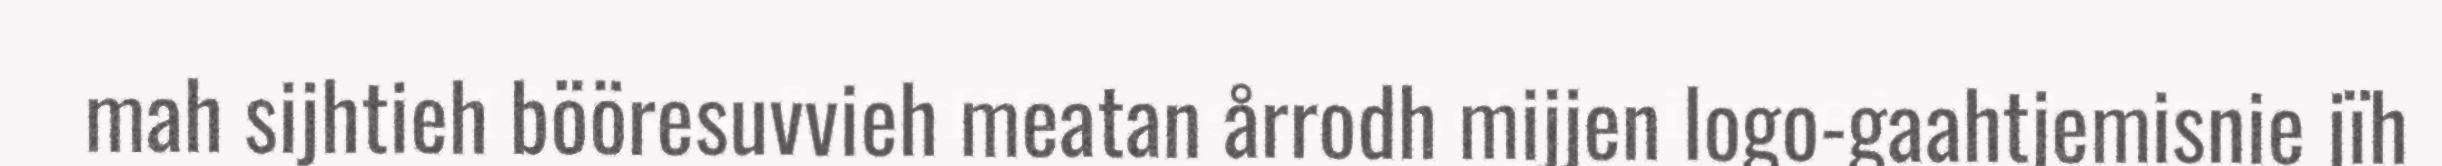
mah sijhtieh bööresuvvieh meatan årrodh mijjen logo-gaahtjemisnie jïh